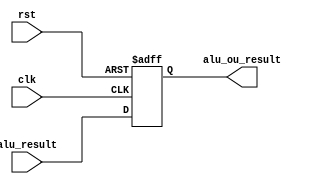
module ALUreg(input[31:0]alu_result,
	input clk,input rst,
	output reg[31:0]alu_ou_result
    );
	always@(posedge clk or posedge rst)begin
		if(rst)
			alu_ou_result<=0;
		else
			alu_ou_result<=alu_result;
	end


endmodule